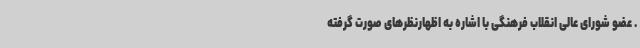
. عضو شورای عالی انقلاب فرهنگی با اشاره به اظهارنظرهای صورت گرفته